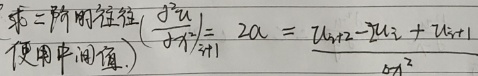
求二阶时往往（使用中间值）：\(\left(\frac{\partial^2 u}{\partial x^2}\right)_{i + 1}=2a=\frac{u_{i + 2}-2u_{i}+u_{i + 1}}{a^2}\)